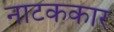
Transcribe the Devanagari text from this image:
नाटककार